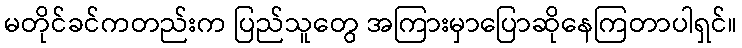
မတိုင်ခင်ကတည်းက ပြည်သူတွေ အကြားမှာပြောဆိုနေကြတာပါရှင်။